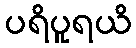
ပရိပူရယိ